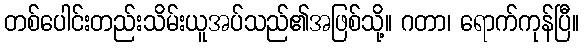
တစ်ပေါင်းတည်းသိမ်းယူအပ်သည်၏အဖြစ်သို့။ ဂတာ၊ ရောက်ကုန်ပြီ။